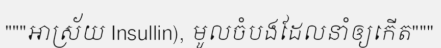
"""អាស្រ័យ Insullin), មូលចំបងដែលនាំឲ្យកើត"""